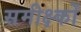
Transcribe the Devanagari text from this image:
समीक्ष्कों